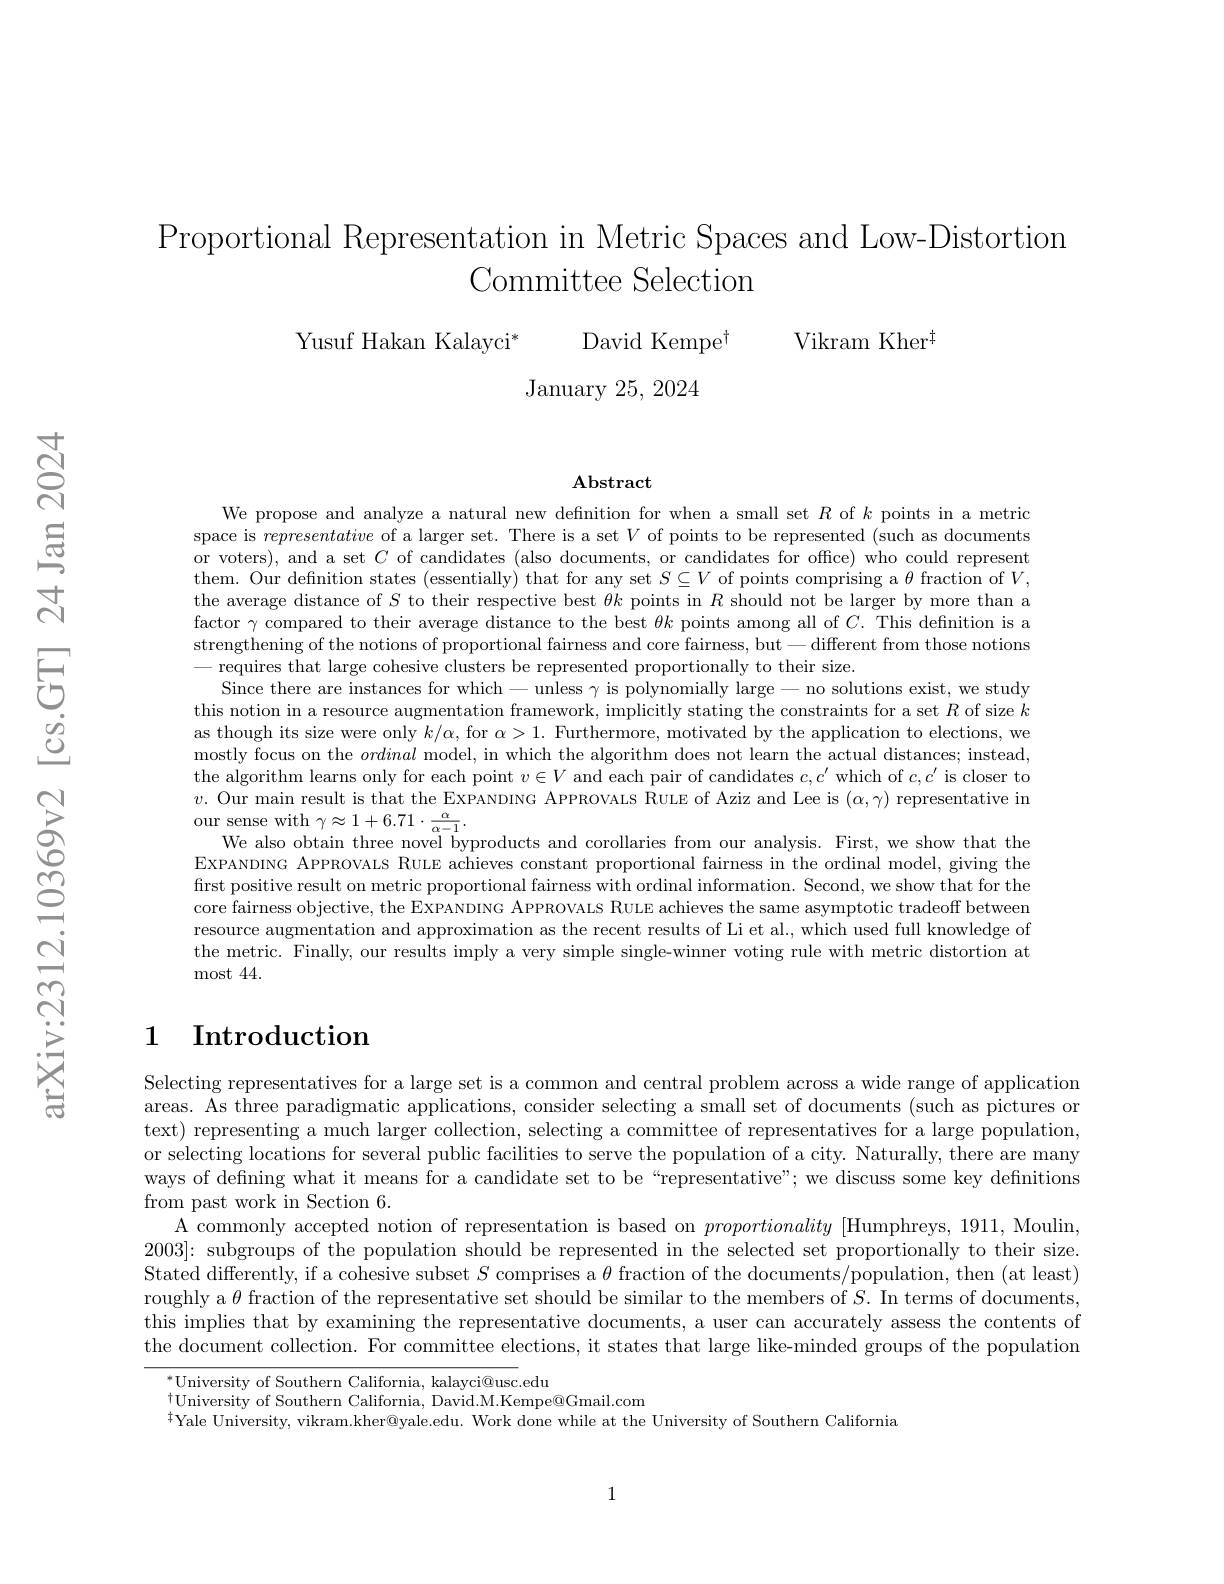
Proportional Representation in Metric Spaces and Low-Distortion
# Committee Selection

Vikram Kher$^{\dagger}$
Yusuf Hakan Kalayci$^*$
David Kempe$^{\dagger}$
${\mathrm{January~25,~2024}}$

$\mathbf{Abstract}$

We propose and analyze a natural new defnition for when a small set $R$ of $k$ points in a metric space is representative of a larger set. There is a set $V$ of points to be represented (such as documents or voters), and a set $C$ of candidates (also documents, or candidates for office) who could represent them. Our definition states (essentially) that for any set $S\subseteq V$ of points comprising a $\theta$ fraction of $V$, the average distance of $S$ to their respective best $\theta k$ points in $R$ should not be larger by more than a factor $\gamma$ compared to their average distance to the best $\theta k$ points among all of $C.$ This defnition is a strengthening of the notions of proportional fairness and core fairness, but-different from those notions
requires that large cohesive clusters be represented proportionally to their size.
Since there are instances for which-unless $\gamma$ is polynomially large- no solutions exist, we study this notion in a resource augmentation framework, implicitly stating the constraints for a set $R$ of size $k$ as though its size were only $k/\alpha$, for $\alpha>1.$ Furthermore, motivated by the application to elections, we mostly focus on the ordinal model, in which the algorithm does not learn the actual distances; instead, the algorithm learns only for each point $v\in V$ and each pair of candidates $c,c^\prime$ which of $c,c^\prime$ is closer to $v.$ Our main result is that the EXPANDING APPROVALS RULE of Aziz and Lee is $(\alpha,\gamma)$ representative in our sense with $\gamma\approx1+6.71\cdot\frac{\alpha}{\alpha-1}.$
We also obtain three novel byproducts and corollaries from our analysis. First, we show that the EXPANDING APPROVALS RULE achieves constant proportional fairness in the ordinal model, giving the first positive result on metric proportional fairness with ordinal information. Second, we show that for the core fairness objective, the EXPANDING APPROVALS RULE achieves the same asymptotic tradeoff between resource augmentation and approximation as the recent results of Li et al., which used full knowledge of the metric. Finally, our results imply a very simple single-winner voting rule with metric distortion at most 44.

## 1 Introduction

Selecting representatives for a large set is a common and central problem across a wide range of application areas. As three paradigmatic applications, consider selecting a small set of documents (such as pictures or text) representing a much larger collection, selecting a committee of representatives for a large population, or selecting locations for several public facilities to serve the population of a city. Naturally, there are many ways of defining what it means for a candidate set to be “representative”; we discuss some key defmitions from past work in Section 6.
A commonly accepted notion of representation is based on proportionality [Humphreys, 1911, Moulin, 2003]{:} subgroups of the population should be represented in the selected set proportionally to their size. Stated differently, if a cohesive subset $S$ comprises a $\theta$ fraction of the documents/population, then (at least) roughly a $\theta$ fraction of the representative set should be similar to the members of $S.$ In terms of documents, this implies that by examining the representative documents, a user can accurately assess the contents of the document collection. For committee elections, it states that large like-minded groups of the population
$^{*}$University of Southern California, kalayci@usc.edu

$_{+}^{\dagger}$University of Southern California, David.M.Kempe@Gmail.com
$^{\ddagger}$Yale University, vikram.kher@yale.edu. Work done while at the University of Southern California

1